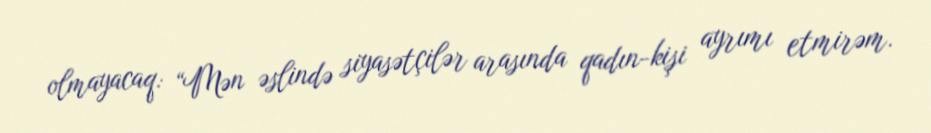
olmayacaq: “Mən əslində siyasətçilər arasında qadın-kişi ayrımı etmirəm.